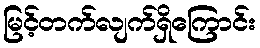
မြင့်တက်လျက်ရှိကြောင်း